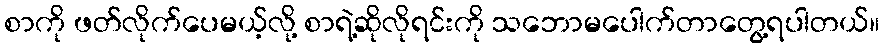
စာကို ဖတ်လိုက်ပေမယ့်လို့ စာရဲ့ဆိုလိုရင်းကို သဘောမပေါက်တာတွေ့ရပါတယ်။